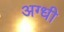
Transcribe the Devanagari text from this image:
अग्धी